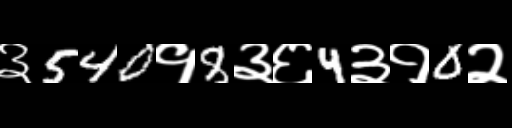
Text: ३540१8३६4३१0२